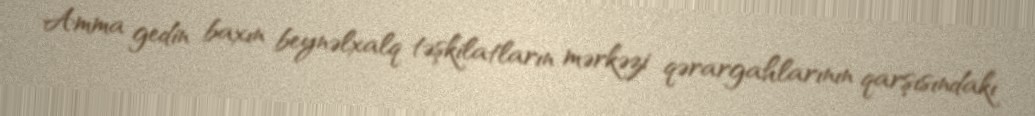
Amma gedin baxın beynəlxalq təşkilatların mərkəzi qərargahlarının qarşısındakı